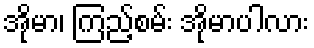
အိုမာ၊ ကြည့်စမ်း အိုမာပါလား